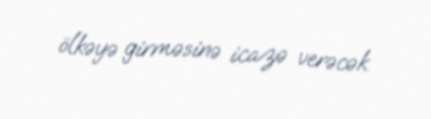
ölkəyə girməsinə icazə verəcək.